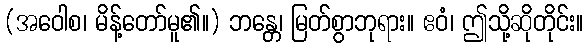
(အဝေါစ၊ မိန့်တော်မူ၏။) ဘန္တေ၊ မြတ်စွာဘုရား။ ဧဝံ၊ ဤသို့ဆိုတိုင်း။